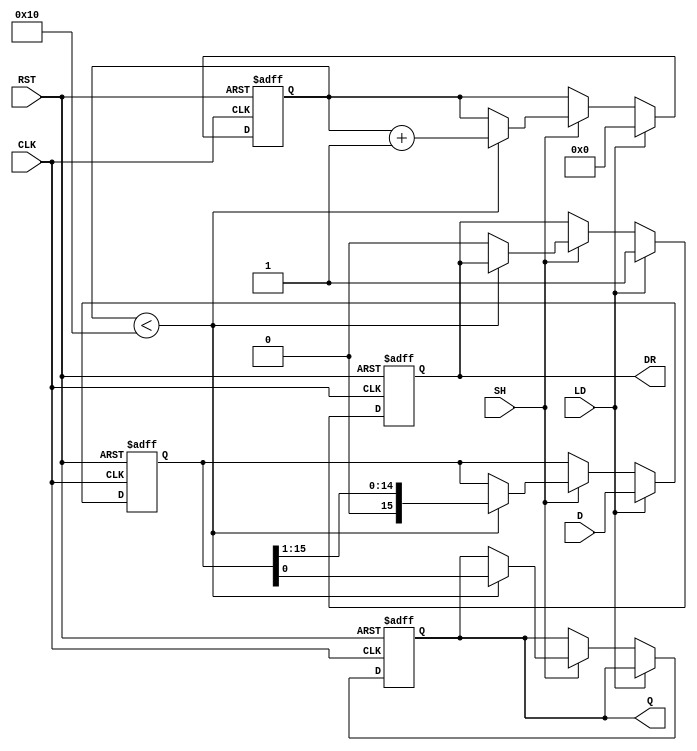
module PISO_Register (
    input  wire [15:0] D,      // Parallel Data Input
    input  wire LD,            // Load Control Signal
    input  wire SH,            // Shift Control Signal
    input  wire CLK,           // Clock Signal
    input  wire RST,           // Reset Signal
    output reg  Q,             // Serial Output
    output reg  DR             // Data Ready Output
);

    // Internal 16-bit shift register
    reg [15:0] shift_reg;
    reg [4:0] shift_count;      // Counter to track number of shifts

    always @(posedge CLK or posedge RST) begin
        if (RST) begin
            // Asynchronous reset
            shift_reg <= 16'b0;
            Q <= 1'b0;
            shift_count <= 5'b0;
            DR <= 1'b0;
        end else begin
            if (LD) begin
                // Load operation
                shift_reg <= D; // Load parallel data
                shift_count <= 5'b0; // Reset shift count
                DR <= 1'b1; // Indicate data is ready
            end
            else if (SH) begin
                // Shift operation
                if (shift_count < 16) begin
                    Q <= shift_reg[0]; // Output LSB
                    shift_reg <= shift_reg >> 1; // Shift right
                    shift_count <= shift_count + 1; // Increment shift count
                end else begin
                    // After all bits are shifted, indicate data is no longer ready
                    DR <= 1'b0; 
                end
            end
        end
    end

endmodule